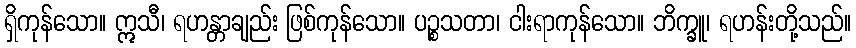
ရှိကုန်သော။ ဣသီ၊ ရဟန္တာချည်း ဖြစ်ကုန်သော။ ပဉ္စသတာ၊ ငါးရာကုန်သော။ ဘိက္ခူ၊ ရဟန်းတို့သည်။